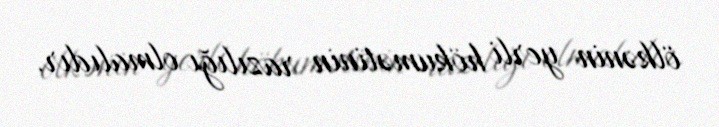
ölkənin yerli hökumətinin razılığı olmalıdır.